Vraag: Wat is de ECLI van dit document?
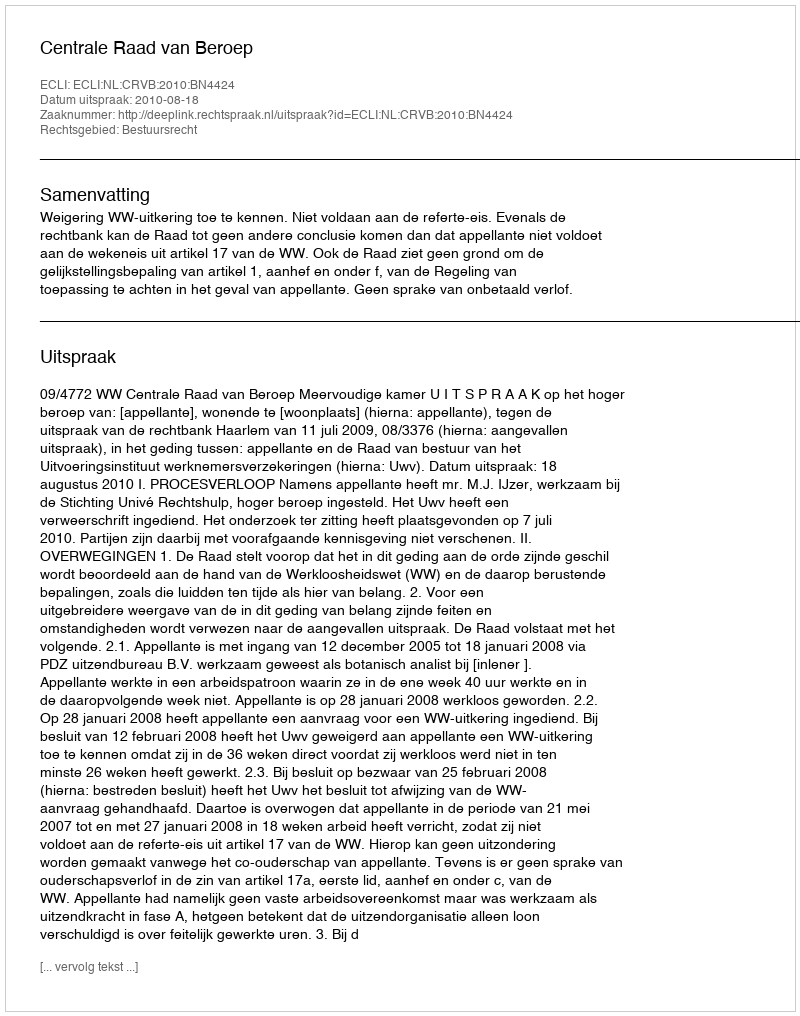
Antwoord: ECLI:NL:CRVB:2010:BN4424